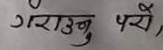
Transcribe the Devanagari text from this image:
गराउनु पर्यो,